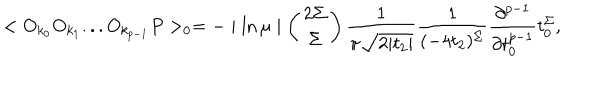
< O _ { k _ { 0 } } O _ { k _ { 1 } } . . . O _ { k _ { p - 1 } } P > _ { 0 } = - \mid \ln \mu \mid \left( \begin{array} { c } { { 2 \Sigma } } \\ { { \Sigma } } \\ \end{array} \right) \frac { 1 } { \pi \sqrt { 2 | t _ { 2 } | } } \frac { 1 } { ( - 4 t _ { 2 } ) ^ { \Sigma } } \frac { \partial ^ { p - 1 } } { \partial t _ { 0 } ^ { p - 1 } } t _ { 0 } ^ { \Sigma } ,